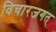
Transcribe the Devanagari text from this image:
विचारजगत्